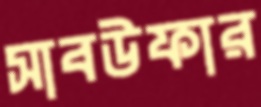
সাবউফার